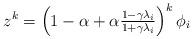
LaTeX: \begin{align*}z^{k} = \left(1-\alpha+\alpha\tfrac{1-\gamma\lambda_i}{1+\gamma\lambda_i}\right)^k\phi_i\end{align*}